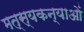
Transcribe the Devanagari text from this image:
मत्स्यकन्याओं